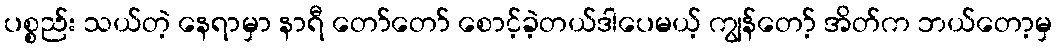
ပစ္စည်း သယ်တဲ့ နေရာမှာ နာရီ တော်တော် စောင့်ခဲ့တယ်ဒါပေမယ့် ကျွန်တော့် အိတ်က ဘယ်တော့မှ